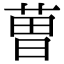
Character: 𮏥